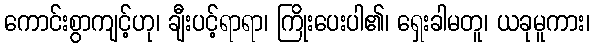
ကောင်းစွာကျင့်ဟု၊ ချီးပင့်ရာရာ၊ ကြိုးပေးပါ၏၊ ရှေးခါမတူ၊ ယခုမူကား၊